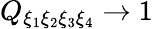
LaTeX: Q_{\xi_{1}\xi_{2}\xi_{3}\xi_{4}}\to 1